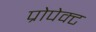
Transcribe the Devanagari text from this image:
प्रोपेक्ट